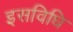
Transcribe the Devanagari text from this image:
इसविधि